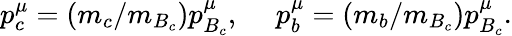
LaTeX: p_{c}^{\mu}=(m_{c}/m_{B_{c}})p_{B_{c}}^{\mu},~~~~~p_{b}^{\mu}=(m_{b}/m_{B_{c}})p_{B_{c}}^{\mu}.